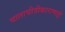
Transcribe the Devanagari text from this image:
चालाचीत्रीकाराणाई